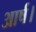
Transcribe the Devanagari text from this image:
आर्ष।